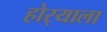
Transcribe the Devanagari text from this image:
होर्‍याला